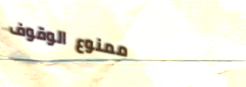
ممنوع الوقوف